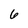
Character: 6